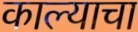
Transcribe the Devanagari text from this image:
काल्याचा